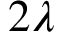
2 \lambda